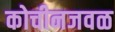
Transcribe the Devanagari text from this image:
कोचीनजवळ